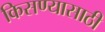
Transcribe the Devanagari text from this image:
किसण्यासाठी